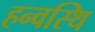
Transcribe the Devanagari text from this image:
हन्वस्थि